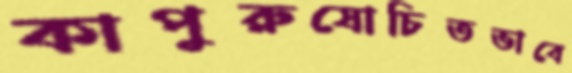
কাপুরুষোচিতভাবে